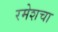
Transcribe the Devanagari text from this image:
रमेशचा